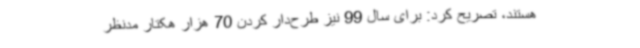
هستند، تصریح کرد: برای سال 99 نیز طرح‌دار کردن 70 هزار هکتار مدنظر